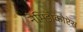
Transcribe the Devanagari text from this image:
नेमिडोकोप्टेस